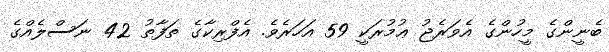
ބެނީންގެ މީހުންގެ އެވަރެޖު ޢުމުރަކީ 59 އަހަރެވެ. އެފްރިކާގެ ތަފާތު 42 ނަސްލެއްގެ